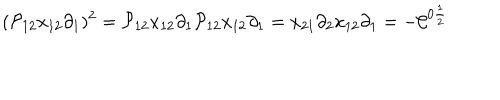
LaTeX: ( { \cal P } _ { 1 2 } x _ { 1 2 } \partial _ { 1 } ) ^ { 2 } = { \cal P } _ { 1 2 } x _ { 1 2 } \partial _ { 1 } { \cal P } _ { 1 2 } x _ { 1 2 } \partial _ { 1 } = x _ { 2 1 } \partial _ { 2 } x _ { 1 2 } \partial _ { 1 } = - { \cal C } ^ { 0 \frac { 1 } { 2 } }